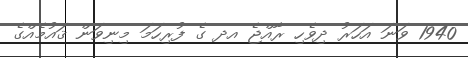
1940 ވަނަ އަހަރު ދިވެހި ރާއްޖެ އދ ގެ ފުރިހަމަ މިނިވަން ޤައުމެއްގެ